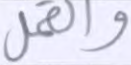
والقمل